Vaccine operations Central Provinces 1886-1899 - 1886-1899
Year: 1886
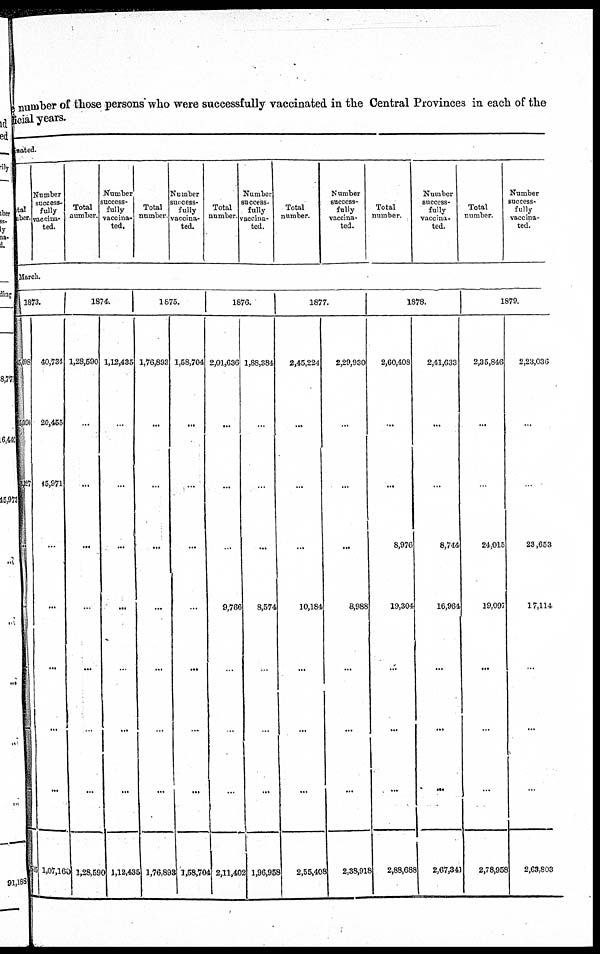
number of those persons who were successfully vaccinated in the Central Provinces in each of the
official years.
nated.
total
number.
Number
success-
fully
vaccina-
ted.
Total
number.
Number
success-
fully
vaccina¬
ted.
Total
number.
Number
success-
fully
vaccina-
ted.
Total
number.
Number
success-
fully
vaccina-
ted.
Total
number.
Number
success-
fully
vaccina-
ted.
Total
number.
Number
success-
fully
vaccina-
ted.
Total
number.
Number
success-
fully
vaccina-
ted.
March.
1873.
45,008
35,090
3,327
...
...
...
...
515
40,734
20,455
45,971
...
...
...
...
...
1,07,160
1874.
1,28,690
...
...
...
...
...
...
...
1,28,590
1,12,435
...
...
...
...
...
...
...
1,12,435
1875.
1,76,893
...
...
...
...
...
...
...
1,76,893
1,58,704
...
...
...
...
...
...
...
1,58,704
1876.
2,01,636
...
...
...
9,766
...
...
...
2,11,402
1,88,384
...
...
...
8,574
...
...
...
1,96,958
1877.
2,45,224
...
...
...
10,184
...
...
...
2,55,408
2,29,930
...
...
...
8,988
...
...
...
2,38,918
1878.
2,60,408
...
...
8,976
19,304
...
...
...
2,88,688
2,41,633
...
...
8,744
16,964
...
...
...
2,67,341
1879.
2,35,846
...
...
24,015
19,097
...
...
...
2,78,958
2,23,036
...
...
23,653
17,114
...
...
...
2,63,803